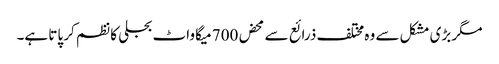
مگر بڑی مشکل سے وہ مختلف ذرائع سے محض 700 میگا واٹ بجلی کا نظم کر پاتا ہے۔